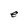
Character: e